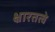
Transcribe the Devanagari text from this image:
क्षारतत्वे